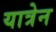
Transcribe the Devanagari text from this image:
यात्रेन